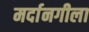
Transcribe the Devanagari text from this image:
मर्दानगीला